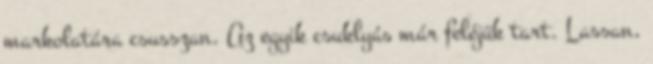
markolatára csusszan. Az egyik csuklyás már feléjük tart. Lassan,